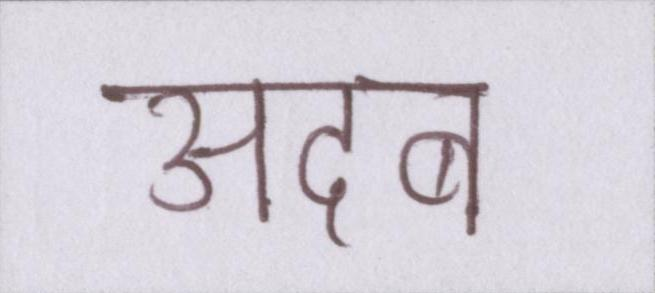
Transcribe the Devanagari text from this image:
अदब